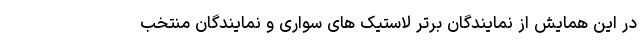
در این همایش از نمایندگان برتر لاستیک های سواری و نمایندگان منتخب